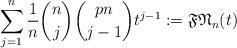
LaTeX: \begin{gather*}\sum_{j=1}^{n} {1 \over n} {n \choose j} {p n \choose j-1} t^{j-1}:=\mathfrak{FN}_{n}(t)\end{gather*}